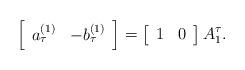
LaTeX: \begin{align*}\left[ \begin{array}{cc} a_\tau^{(1)} & -b_\tau^{(1)} \end{array} \right] = \left[ \begin{array}{cc} 1 & 0 \end{array} \right] A_1^\tau.\end{align*}